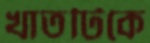
খাতটিকে